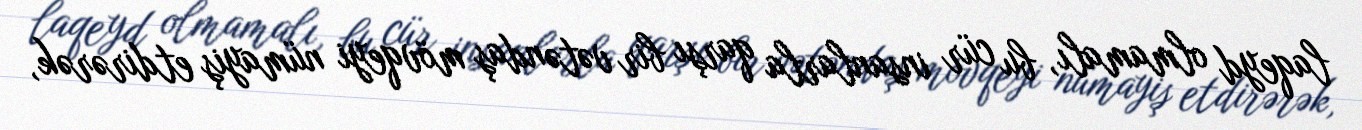
laqeyd olmamalı, bu cür insanlarla qarşı bir vətəndaş mövqeyi nümayiş etdirərək,